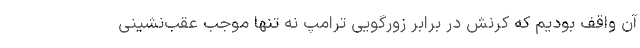
آن واقف بودیم که کرنش در برابر زورگویی ترامپ نه تنها موجب عقب‌نشینی